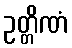
ဥတ္တိဏံ